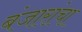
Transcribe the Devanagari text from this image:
बंजारांचा